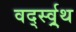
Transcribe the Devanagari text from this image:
वर्द्स्व्र्थ